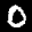
Label: 0